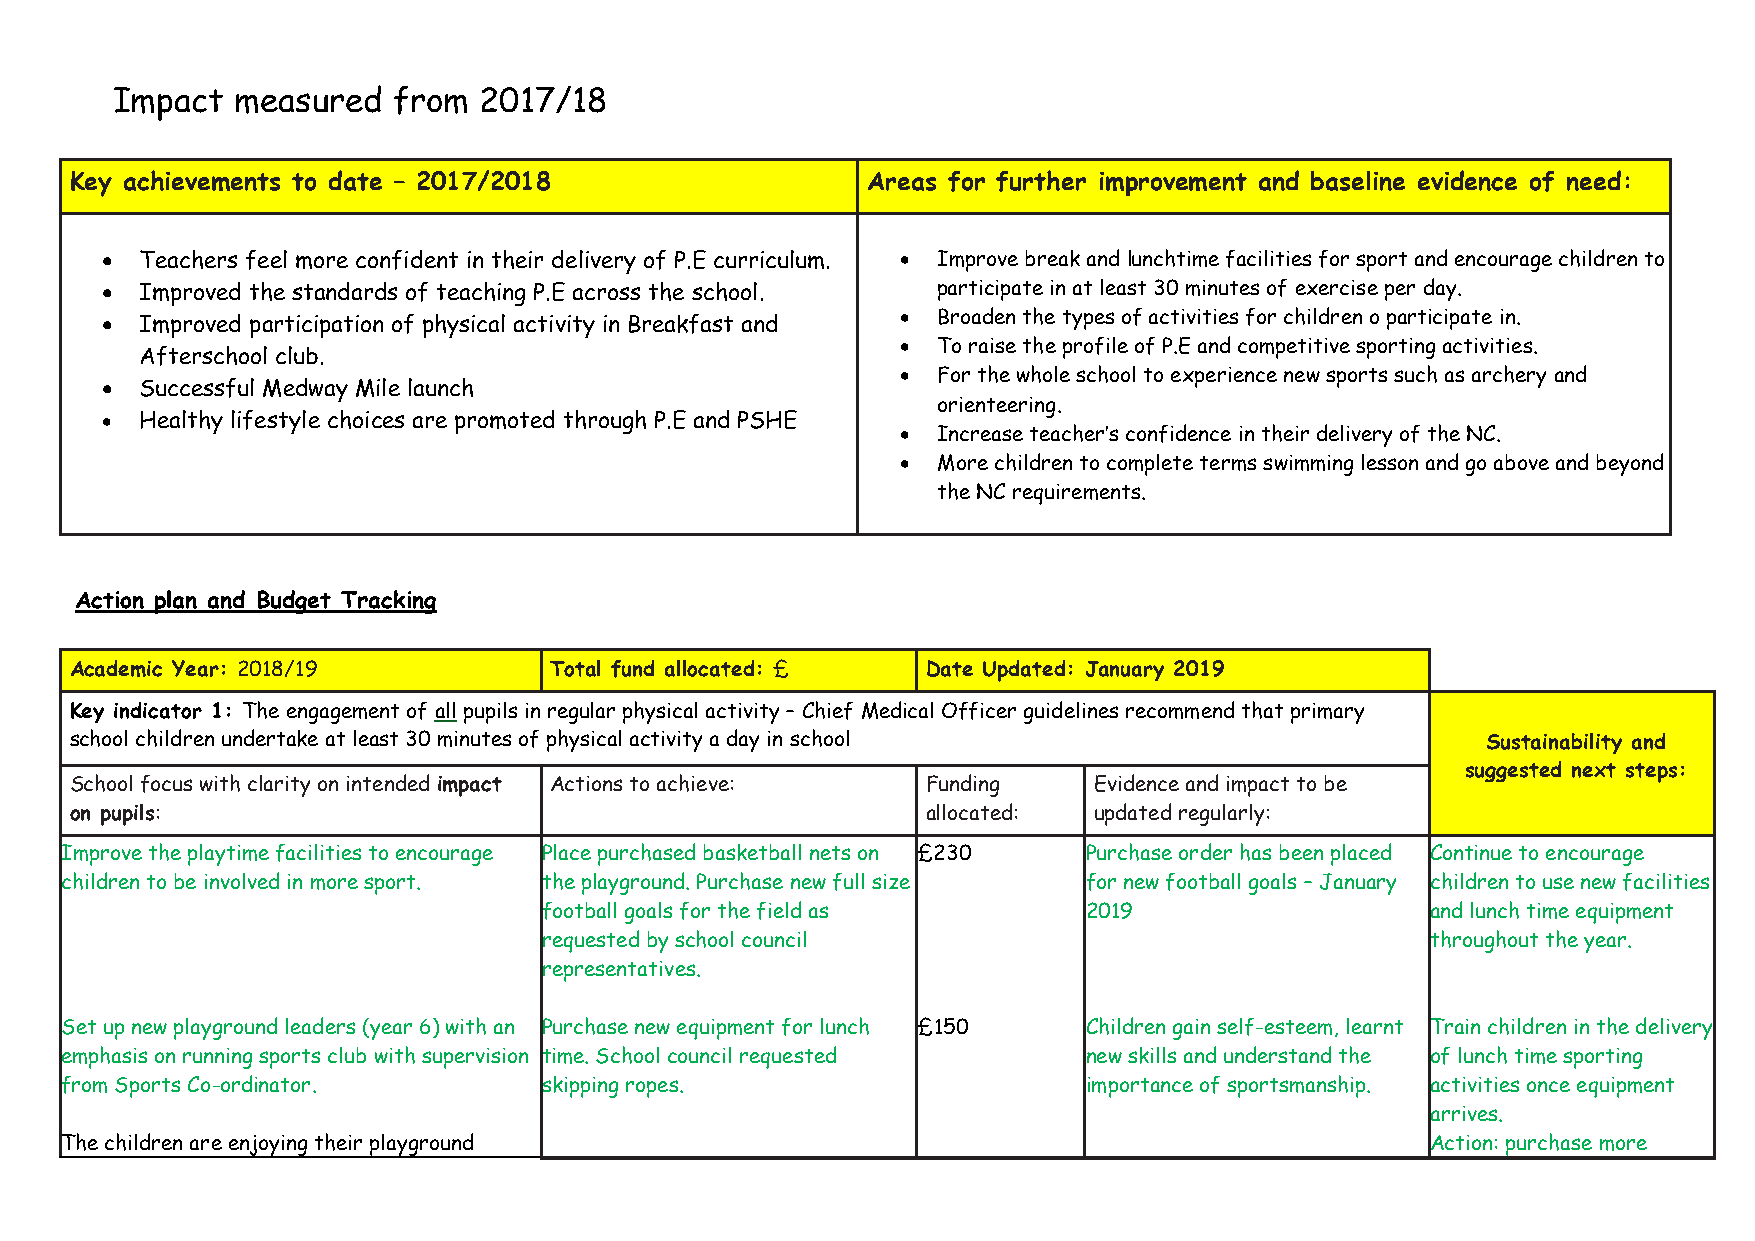
Impact   measured  from  2017/18
 Key achievements to date – 2017/2018                Areas for further improvement and baseline evidence of need:
  Teachers feel more confident in their delivery of P.E curriculum.  Improve break and lunchtime facilities for sport and encourage children to
  Improved the standards of teaching P.E across the school. participate in at least 30 minutes of exercise per day.
  Improved participation of physical activity in Breakfast and  Broaden the types of activities for children o participate in.
  To raise the profile of P.E and competitive sporting activities.
 Afterschool club.
  For the whole school to experience new sports such as archery and
  Successful Medway Mile launch
 orienteering.
  Healthy lifestyle choices are promoted through P.E and PSHE
  Increase teacher’s confidence in their delivery of the NC.
  More children to complete terms swimming lesson and go above and beyond
 the NC requirements.
 Action plan and Budget Tracking
 Academic Year: 2018/19         Total fund allocated: £  Date Updated: January 2019
 Key indicator 1: The engagement of all pupils in regular physical activity – Chief Medical Officer guidelines recommend that primary
 school children undertake at least 30 minutes of physical activity a day in school           Sustainability and
 suggested next steps:
 School focus with clarity on intended impact Actions to achieve: Funding Evidence and impact to be
 on pupils:                                              allocated: updated regularly:
 Improve the playtime facilities to encourage Place purchased basketball nets on £230 Purchase order has been placed Continue to encourage
 children to be involved in more sport. the playground. Purchase new full size for new football goals – January children to use new facilities
 football goals for the field as     2019                   and lunch time equipment
 requested by school council                                throughout the year.
 representatives.
 Set up new playground leaders (year 6) with an Purchase new equipment for lunch £150 Children gain self-esteem, learnt Train children in the delivery
 emphasis on running sports club with supervision time. School council requested new skills and understand the of lunch time sporting
 from Sports Co-ordinator.       skipping ropes.                     importance of sportsmanship. activities once equipment
 arrives.
 The children are enjoying their playground                                                 Action: purchase more